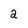
Character: 2